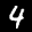
Label: 4